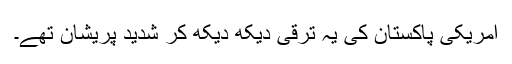
امریکی پاکستان کی یہ ترقی دیکھ دیکھ کر شدید پریشان تھے۔